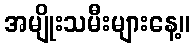
အမျိုးသမီးများနေ့။